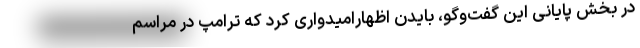
در بخش پایانی این گفت‌وگو، بایدن اظهارامیدواری کرد که ترامپ در مراسم